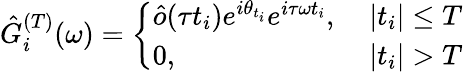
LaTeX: \hat{G}_{i}^{(T)}(\omega)=\left\{ \begin{array}{ll}{\hat{o}(\tau t_{i})e^{i\theta_{t_{i}}}e^{i\tau\omega t_{i}},}&{~|t_{i}|\leq T}\\ {0,}&{~|t_{i}|>T}\end{array}\right.